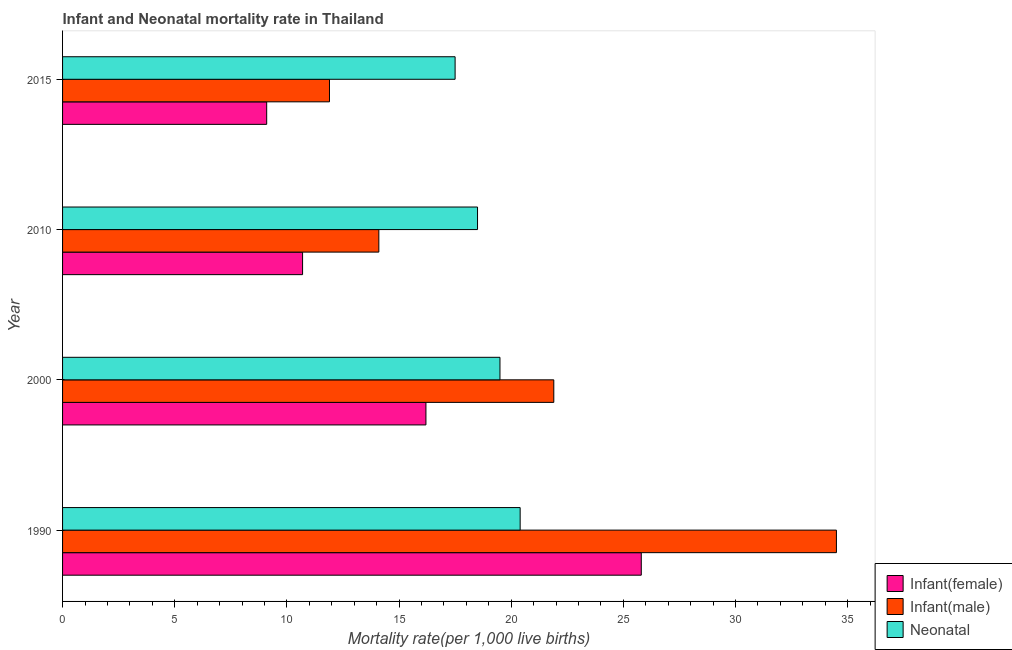
| Year | Infant(female) | Infant(male) | Neonatal  |
 | --- | --- | --- | --- |
 | 1990 | 25.8 | 34.5 | 20.4 |
 | 2000 | 16.2 | 21.9 | 19.5 |
 | 2010 | 10.7 | 14.1 | 18.5 |
 | 2015 | 9.1 | 11.9 | 17.5 |